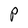
Character: P